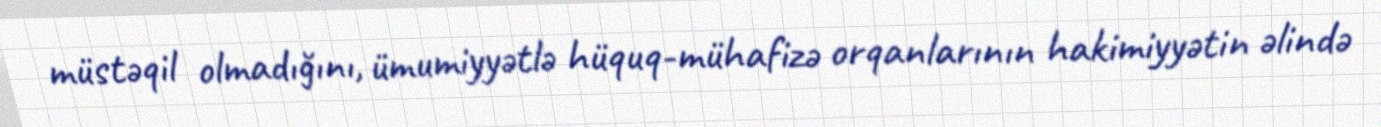
müstəqil olmadığını, ümumiyyətlə hüquq-mühafizə orqanlarının hakimiyyətin əlində